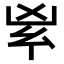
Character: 𠂳